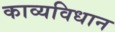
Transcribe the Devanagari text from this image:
काव्यविधान